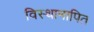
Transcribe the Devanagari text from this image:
विस्थानापित